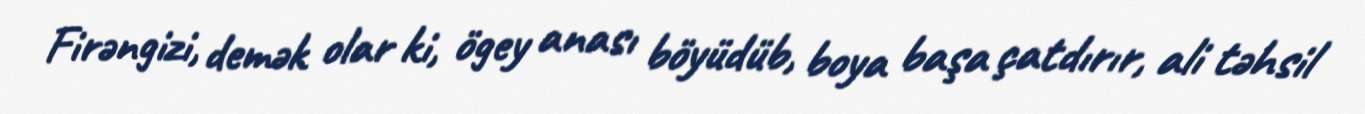
Firəngizi, demək olar ki, ögey anası böyüdüb, boya başa çatdırır, ali təhsil